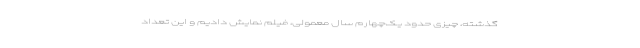
گذشته، چیزی حدود یک‌چهارم سال معمولی، فیلم نمایش دادیم و این تعداد